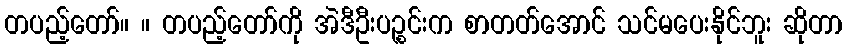
တပည့်တော်။ ။ တပည့်တော်ကို အဲဒီဦးပဉ္စင်းက စာတတ်အောင် သင်မပေးနိုင်ဘူး ဆိုတာ